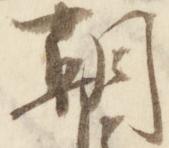
朝